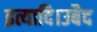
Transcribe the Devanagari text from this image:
इत्यादि।उबैद